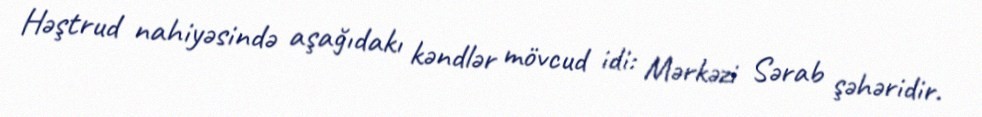
Həştrud nahiyəsində aşağıdakı kəndlər mövcud idi: Mərkəzi Sərab şəhəridir.